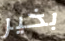
بخير